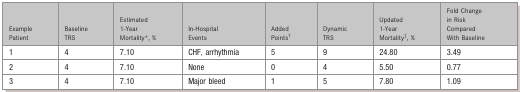
<table><thead><tr><td><b>Example Patient</b></td><td><b>Baseline TRS</b></td><td><b>Estimated 1‐Year Mortality*, %</b></td><td><b>In‐Hospital Events</b></td><td><b>Added Points*</b></td><td><b>Dynamic TRS</b></td><td><b>Updated 1‐Year Mortality*, %</b></td><td><b>Fold Change in Risk Compared With Baseline</b></td></tr></thead><tbody><tr><td>1</td><td>4</td><td>7.10</td><td>CHF, arrhythmia</td><td>5</td><td>9</td><td>24.80</td><td>3.49</td></tr><tr><td>2</td><td>4</td><td>7.10</td><td>None</td><td>0</td><td>4</td><td>5.50</td><td>0.77</td></tr><tr><td>3</td><td>4</td><td>7.10</td><td>Major bleed</td><td>1</td><td>5</td><td>7.80</td><td>1.09</td></tr></tbody></table>